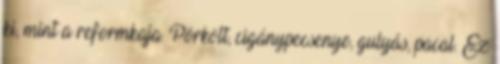
ki, mint a reformkaja. Pörkölt, cigánypecsenye, gulyás, pacal. Ez